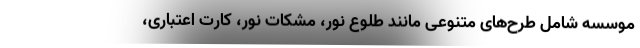
موسسه شامل طرح‌های متنوعی مانند طلوع نور، مشکات نور، کارت اعتباری،